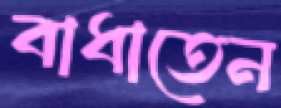
বাধাতেন